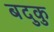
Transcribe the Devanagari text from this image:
बदुकु